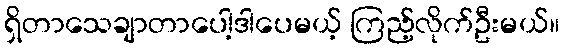
ရှိတာသေချာတာပေါ့ဒါပေမယ့် ကြည့်လိုက်ဦးမယ်။